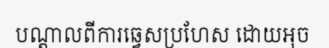
បណ្តាលពីការឆ្វេសប្រហែស ដោយអុច